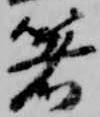
箸